Civil Veterinary Department. Madras. Admin. report 1926-33 - 1926-1933
Year: 1926
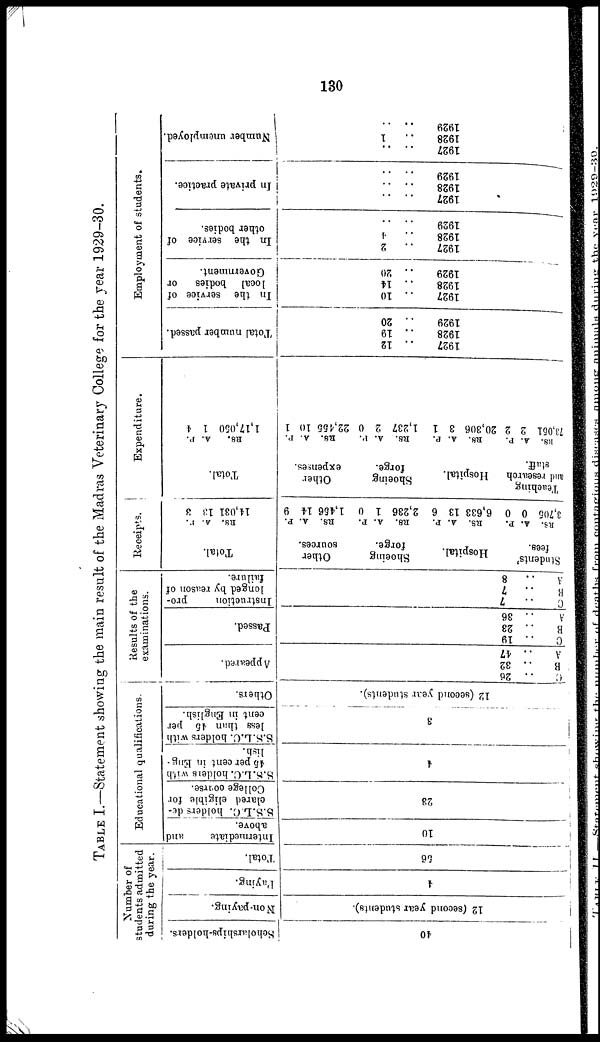
130
TABLE I.—Statement showing the main result of the Madras Veterinary College for the year 1929-30.
40
12 (second year students).
4
56
10
23
4
3
12 (second year students).
C
..
B
..
A
..
C
..
B
..
A
..
C
..
B
..
A
..
26
32
47
19
23
36
7
7
8
Students'
fees.
RS.
3,705
A.
0
P.
0
Teaching
and research
staff.
RS.
73,051
A.
2
P.
2
Hospital.
RS.
6,633
A.
13
P.
6
Hospital.
RS.
20,306
A.
3
P.
1
1927
1928
1929
1927
1928
1929
1927
1928
1929
1927
1928
1929
1927
1928
1929
Shoeing
forge.
RS.
2,236
A.
1
P.
0
Shoeing
forge.
RS.
1,237
A.
2
P.
0
.. 12
.. 19
.. 20
.. 10
.. 14
.. 20
.. 2
.. 4
.. ..
.. ..
.. ..
.. ..
.. ..
.. 1
.. ..
Other
sources.
RS.
1,456
A.
14
P.
9
Other
expenses.
RS.
22,455
A.
10
P.
1
Scholarships-holders.
Non-paying.
Paying.
Total.
Intermediate and
above.
S.S.L.C. holders de-
clared eligible for
College course.
S.S.L.C. holders with
45 per cent in Eng-
lish.
S.S.L.C. holder with
less than 45 per
cent in English.
Others.
Appeared.
Passed.
Instruction pro-
longed by reason of
failure.
Total.
RS.
14,031
A.
13
P.
3
Total.
RS.
1,17,050
A.
1
P.
4
Total number passed.
In the service of
local bodies or
Government.
In the service of
other bodies.
In private practice.
Number unemployed.
Number of
students admitted
during the year.
Educational qualifications.
Results of the
examinations.
Receipts.
Expenditure.
Employment of students.